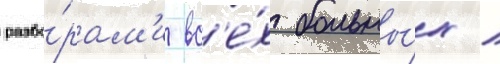
разбо́рам'и вс'е́х больны́х /